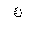
Letter: _kaf